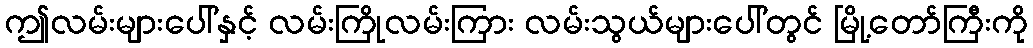
ဤလမ်းများပေါ်နှင့် လမ်းကြိုလမ်းကြား လမ်းသွယ်များပေါ်တွင် မြို့တော်ကြီးကို